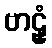
ဗာဠှံ